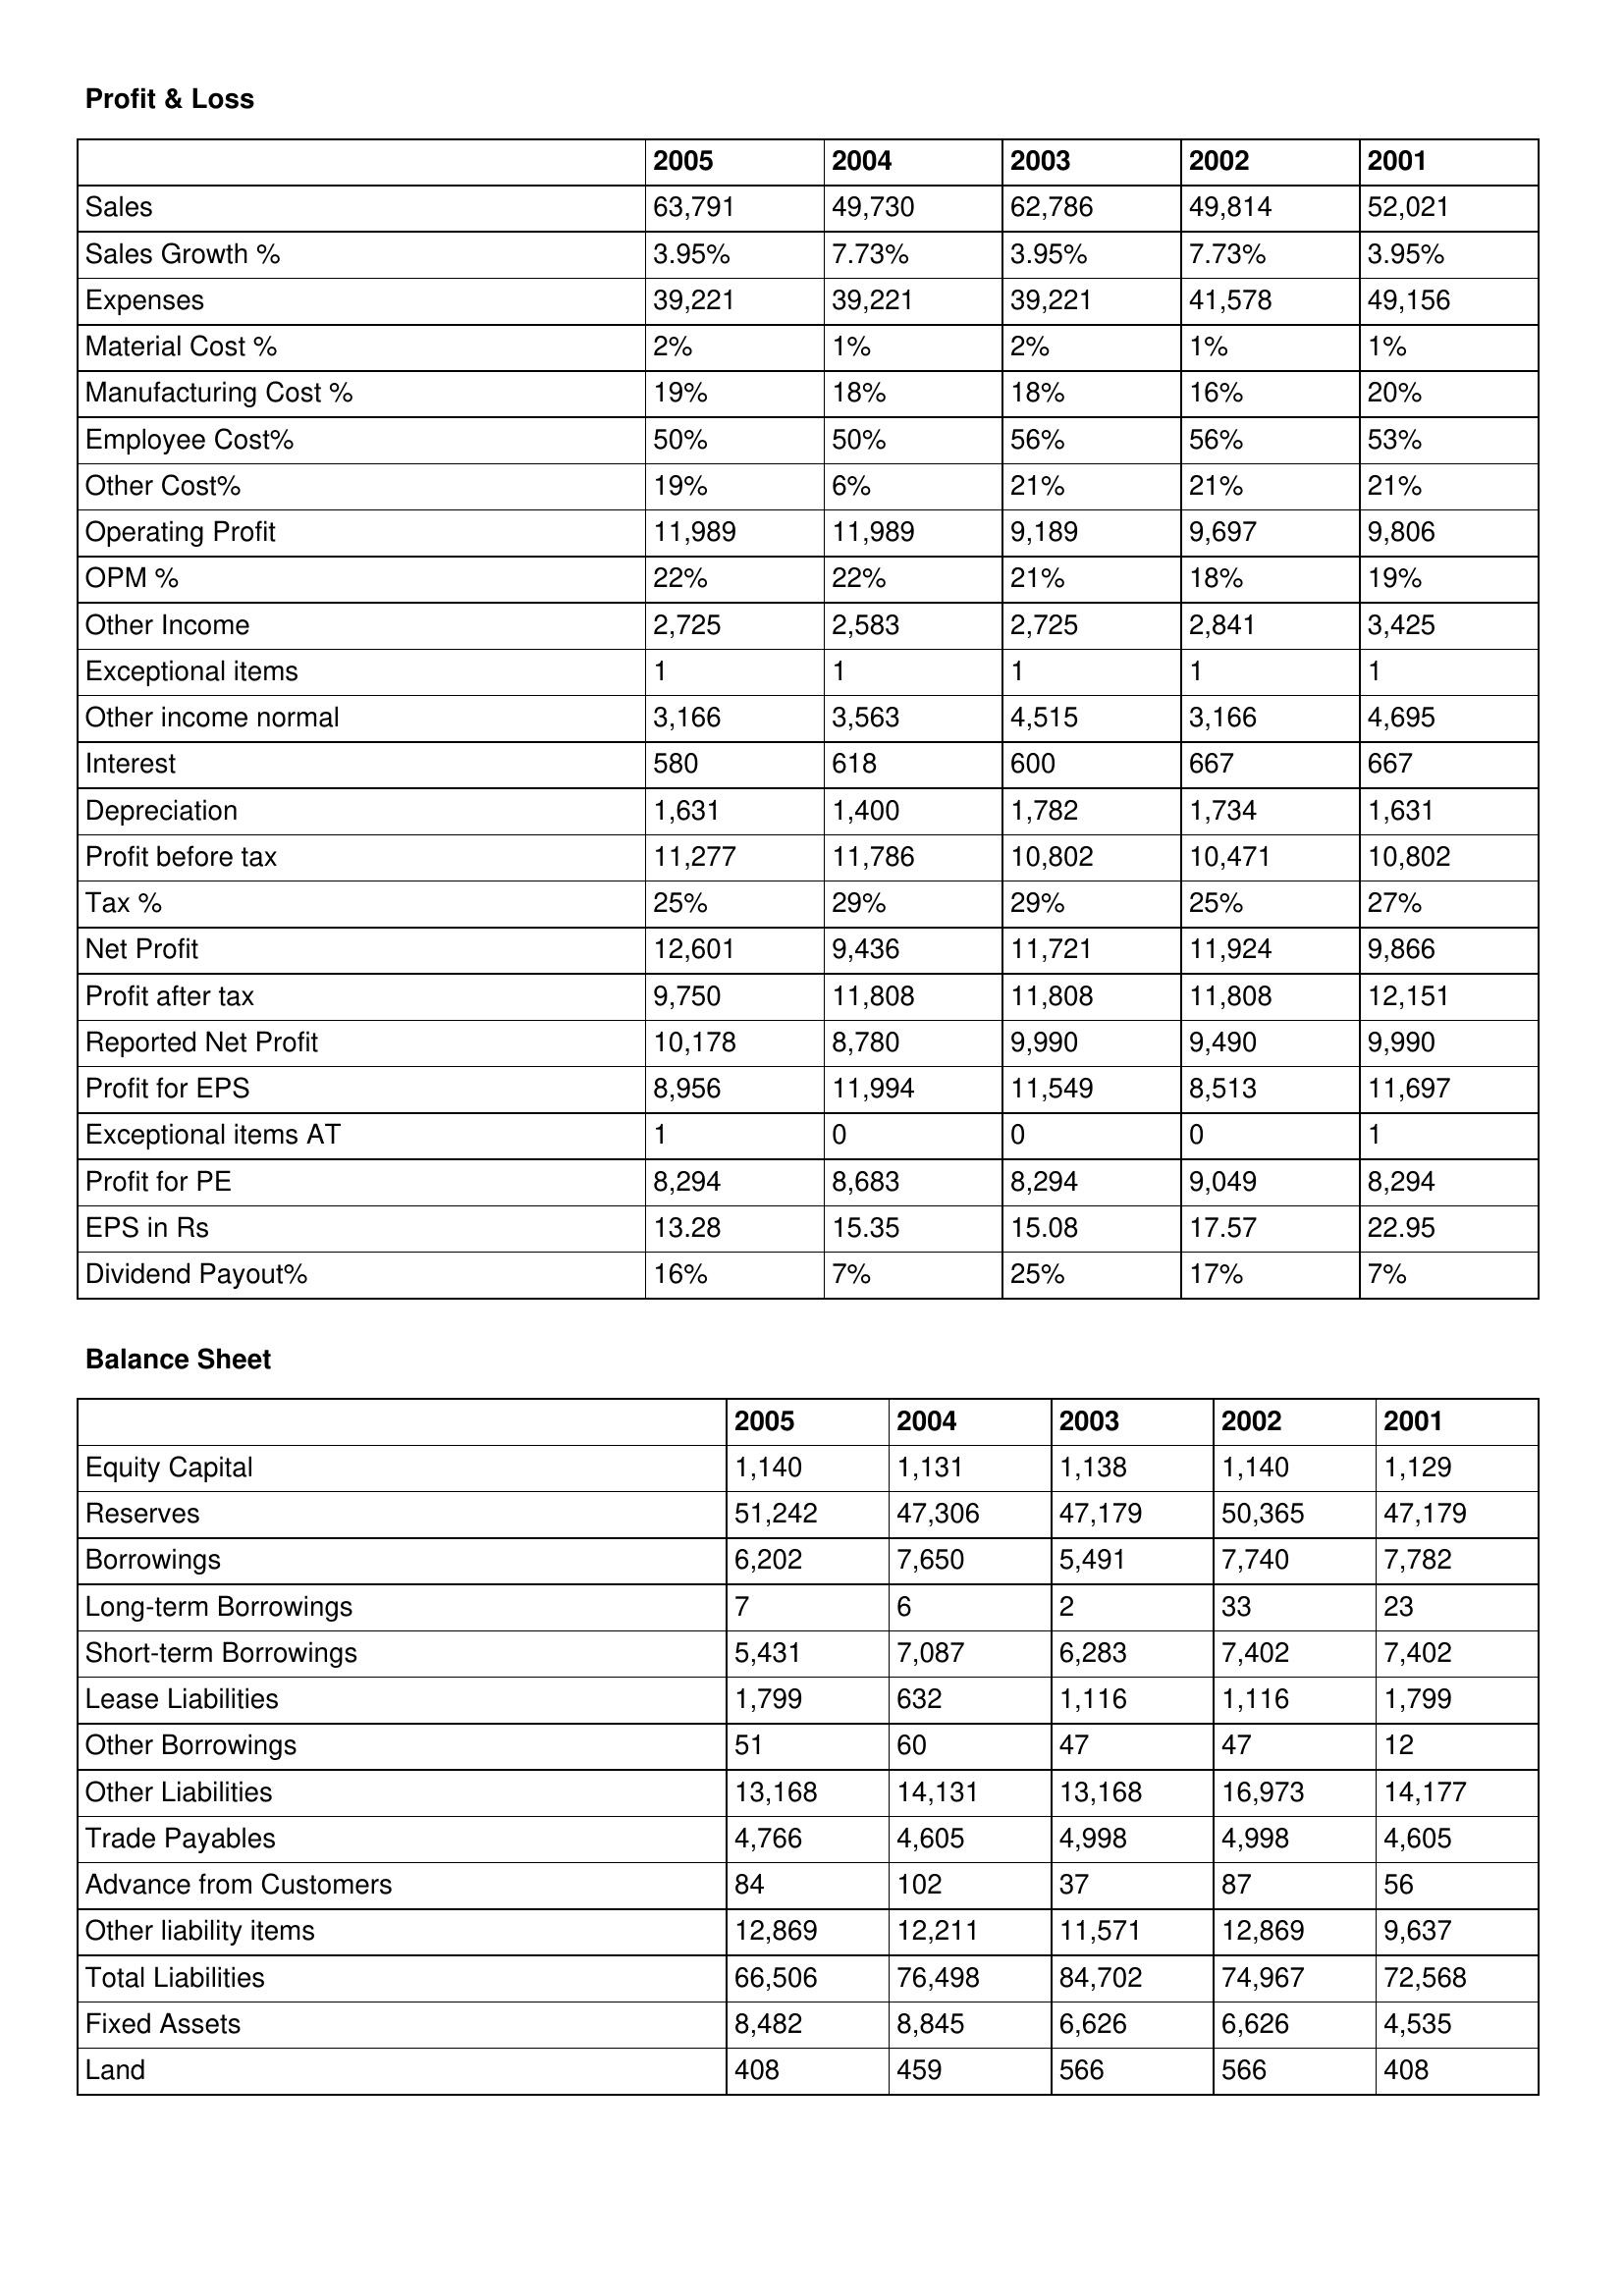
gt_parse: 2005: Profit & Loss: Sales: 63,791
Sales Growth %: 3.95%
Expenses: 39,221
Material Cost %: 2%
Manufacturing Cost %: 19%
Employee Cost%: 50%
Other Cost%: 19%
Operating Profit: 11,989
OPM %: 22%
Other Income: 2,725
Exceptional items: 1
Other income normal: 3,166
Interest: 580
Depreciation: 1,631
Profit before tax: 11,277
Tax %: 25%
Net Profit: 12,601
Profit after tax: 9,750
Reported Net Profit: 10,178
Profit for EPS: 8,956
Exceptional items AT: 1
Profit for PE: 8,294
EPS in Rs: 13.28
Dividend Payout%: 16%
Balance Sheet: Equity Capital: 1,140
Reserves: 51,242
Borrowings: 6,202
Long-term Borrowings: 7
Short-term Borrowings: 5,431
Lease Liabilities: 1,799
Other Borrowings: 51
Other Liabilities: 13,168
Trade Payables: 4,766
Advance from Customers: 84
Other liability items: 12,869
Total Liabilities: 66,506
Fixed Assets: 8,482
Land: 408
2004: Profit & Loss: Sales: 49,730
Sales Growth %: 7.73%
Expenses: 39,221
Material Cost %: 1%
Manufacturing Cost %: 18%
Employee Cost%: 50%
Other Cost%: 6%
Operating Profit: 11,989
OPM %: 22%
Other Income: 2,583
Exceptional items: 1
Other income normal: 3,563
Interest: 618
Depreciation: 1,400
Profit before tax: 11,786
Tax %: 29%
Net Profit: 9,436
Profit after tax: 11,808
Reported Net Profit: 8,780
Profit for EPS: 11,994
Exceptional items AT: 0
Profit for PE: 8,683
EPS in Rs: 15.35
Dividend Payout%: 7%
Balance Sheet: Equity Capital: 1,131
Reserves: 47,306
Borrowings: 7,650
Long-term Borrowings: 6
Short-term Borrowings: 7,087
Lease Liabilities: 632
Other Borrowings: 60
Other Liabilities: 14,131
Trade Payables: 4,605
Advance from Customers: 102
Other liability items: 12,211
Total Liabilities: 76,498
Fixed Assets: 8,845
Land: 459
2003: Profit & Loss: Sales: 62,786
Sales Growth %: 3.95%
Expenses: 39,221
Material Cost %: 2%
Manufacturing Cost %: 18%
Employee Cost%: 56%
Other Cost%: 21%
Operating Profit: 9,189
OPM %: 21%
Other Income: 2,725
Exceptional items: 1
Other income normal: 4,515
Interest: 600
Depreciation: 1,782
Profit before tax: 10,802
Tax %: 29%
Net Profit: 11,721
Profit after tax: 11,808
Reported Net Profit: 9,990
Profit for EPS: 11,549
Exceptional items AT: 0
Profit for PE: 8,294
EPS in Rs: 15.08
Dividend Payout%: 25%
Balance Sheet: Equity Capital: 1,138
Reserves: 47,179
Borrowings: 5,491
Long-term Borrowings: 2
Short-term Borrowings: 6,283
Lease Liabilities: 1,116
Other Borrowings: 47
Other Liabilities: 13,168
Trade Payables: 4,998
Advance from Customers: 37
Other liability items: 11,571
Total Liabilities: 84,702
Fixed Assets: 6,626
Land: 566
2002: Profit & Loss: Sales: 49,814
Sales Growth %: 7.73%
Expenses: 41,578
Material Cost %: 1%
Manufacturing Cost %: 16%
Employee Cost%: 56%
Other Cost%: 21%
Operating Profit: 9,697
OPM %: 18%
Other Income: 2,841
Exceptional items: 1
Other income normal: 3,166
Interest: 667
Depreciation: 1,734
Profit before tax: 10,471
Tax %: 25%
Net Profit: 11,924
Profit after tax: 11,808
Reported Net Profit: 9,490
Profit for EPS: 8,513
Exceptional items AT: 0
Profit for PE: 9,049
EPS in Rs: 17.57
Dividend Payout%: 17%
Balance Sheet: Equity Capital: 1,140
Reserves: 50,365
Borrowings: 7,740
Long-term Borrowings: 33
Short-term Borrowings: 7,402
Lease Liabilities: 1,116
Other Borrowings: 47
Other Liabilities: 16,973
Trade Payables: 4,998
Advance from Customers: 87
Other liability items: 12,869
Total Liabilities: 74,967
Fixed Assets: 6,626
Land: 566
2001: Profit & Loss: Sales: 52,021
Sales Growth %: 3.95%
Expenses: 49,156
Material Cost %: 1%
Manufacturing Cost %: 20%
Employee Cost%: 53%
Other Cost%: 21%
Operating Profit: 9,806
OPM %: 19%
Other Income: 3,425
Exceptional items: 1
Other income normal: 4,695
Interest: 667
Depreciation: 1,631
Profit before tax: 10,802
Tax %: 27%
Net Profit: 9,866
Profit after tax: 12,151
Reported Net Profit: 9,990
Profit for EPS: 11,697
Exceptional items AT: 1
Profit for PE: 8,294
EPS in Rs: 22.95
Dividend Payout%: 7%
Balance Sheet: Equity Capital: 1,129
Reserves: 47,179
Borrowings: 7,782
Long-term Borrowings: 23
Short-term Borrowings: 7,402
Lease Liabilities: 1,799
Other Borrowings: 12
Other Liabilities: 14,177
Trade Payables: 4,605
Advance from Customers: 56
Other liability items: 9,637
Total Liabilities: 72,568
Fixed Assets: 4,535
Land: 408